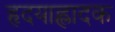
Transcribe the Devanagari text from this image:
हृदयाह्लादक